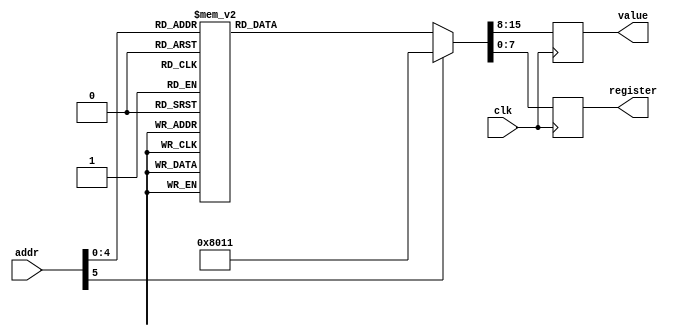
module camera_setup_rom(
	input wire clk,
	input wire [5:0] addr,
	output reg [7:0] register,
	output reg [7:0] value
    );


	always@(posedge clk)
	begin 
	case(addr)
	
	0: begin
	register <= 8'h12; //COM7
	value <= 8'b0000_0100; //rgb output
	end
	
	1: begin 
	register <= 8'h11;//clkrc
	value <= 8'h80; //default
	end
	
	2: begin 
	register <= 8'h40; //COM15
	value <= 8'b1101_0000; //rgb565 format
	end
	
	3: begin 
	register <= 8'h1E; //MVFP
	value <= 8'b0011_0000; //flip vertically and mirror
	end
	
	//begin magic internet color settings
	4: begin 
	register <= 8'h4f;
	value <= 8'hb3;
	end
	
	5: begin 
	register <= 8'h50;
	value <= 8'h0b3;
	end
	
	6: begin 
	register <= 8'h51;
	value <= 8'h00;
	end
	
	7: begin 
	register <= 8'h52;
	value <= 8'h3d;
	end
	
	8: begin 
	register <= 8'h53;
	value <= 8'ha7;
	end
	
	9: begin 
	register <= 8'h54;
	value <= 8'he4;
	end
	
	10: begin 
	register <= 8'h56;
	value <= 8'h40;
	end
	
	11: begin 
	register <= 8'h58;
	value <= 8'h9e;
	end
	
	12: begin 
	register <= 8'h59;
	value <= 8'h88;
	end
	
	13: begin 
	register <= 8'h5a;
	value <= 8'h88;
	end
	
	14: begin 
	register <= 8'h5b;
	value <= 8'h44;
	end
	
	15: begin 
	register <= 8'h5c;
	value <= 8'h67;
	end
	
	16: begin 
	register <= 8'h5d;
	value <= 8'h49;
	end
	
	17: begin 
	register <= 8'h5e;
	value <= 8'h0e;
	end
	
	18: begin 
	register <= 8'h69;
	value <= 8'h00;
	end
	
	19: begin 
	register <= 8'h6a;
	value <= 8'h40;
	end
	
	20: begin 
	register <= 8'h6b;
	value <= 8'h0a;
	end
	
	21: begin 
	register <= 8'h6c;
	value <= 8'h0a;
	end
	
	22: begin 
	register <= 8'h6d;
	value <= 8'h55;
	end
	
	23: begin 
	register <= 8'h6e;
	value <= 8'h11;
	end
	
	24: begin 
	register <= 8'h6f;
	value <= 8'h9f;
	end
	
	25: begin  //internet magic
	register <= 8'hb0;
	value <= 8'h84;
	end
	
	26: begin  //internet magic
	register <= 8'hb1;
	value <= 8'h0c;
	end
	
	27: begin  //internet magic
	register <= 8'hb2;
	value <= 8'h0e;
	end
	
	28: begin  //internet magic
	register <= 8'hb3;
	value <= 8'h82;
	end
	
	29: begin  //internet magic
	register <= 8'hb4;
	value <= 8'h0a;
	end
	
	default: begin //nice values
	register <= 8'h11;//clkrc
	value <= 8'h80; //default
	end
	
	endcase
	end
	
endmodule